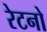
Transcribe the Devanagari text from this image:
रेटनो